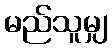
မည်သူမျှ